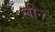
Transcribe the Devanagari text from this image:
लीनं